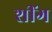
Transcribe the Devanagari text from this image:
शींग